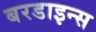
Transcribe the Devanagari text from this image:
बरडाइन्स